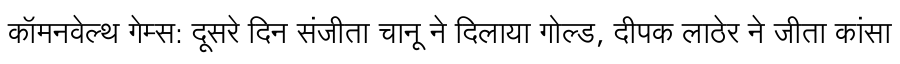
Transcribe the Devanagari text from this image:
कॉमनवेल्थ गेम्स: दूसरे दिन संजीता चानू ने दिलाया गोल्ड, दीपक लाठेर ने जीता कांसा